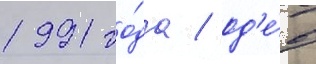
1991 го́да / од'е́в